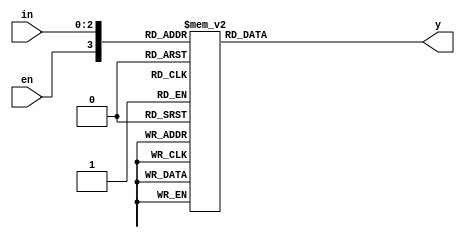
`timescale 1ns / 1ps

// worked on from 9:30am to 10:00am on 10/17/2018

/***************************************************************************
 * Project: Lab 05, Register Files
 * Designer: Juan Saavedra, Brianna Segura
 * Rev. Date: Oct. 17, 2018
 *
 * Purpose: 
 *
 * Notes: 
***************************************************************************/

module decoder_3to8(
    input       [2:0]   in,
    input               en,
    output  reg [7:0]   y
    );
    
    always @(en or in)
        case({en, in})
            4'b1_000    : y = 8'b0000_0001;
            4'b1_001    : y = 8'b0000_0010;
            4'b1_010    : y = 8'b0000_0100;
            4'b1_011    : y = 8'b0000_1000;
            4'b1_100    : y = 8'b0001_0000;
            4'b1_101    : y = 8'b0010_0000;
            4'b1_110    : y = 8'b0100_0000;
            4'b1_111    : y = 8'b1000_0000;
            default     : y = 8'b0000_0000;
        endcase
endmodule